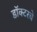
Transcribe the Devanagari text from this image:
डॉक्टरचे